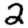
Digit: 2